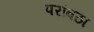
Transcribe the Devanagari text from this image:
परांवठा